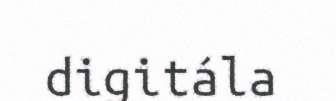
digitála